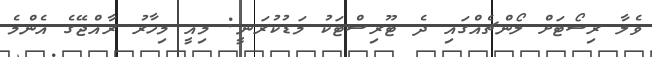
ވެލާ ރިސޯޓަށް ލޯންޗެއްގައި ދެ ޓޫރިސްޓަކު މަޑުކުރަނީ: މިއީ މިހާރު ރާއްޖޭގެ އެންމެ